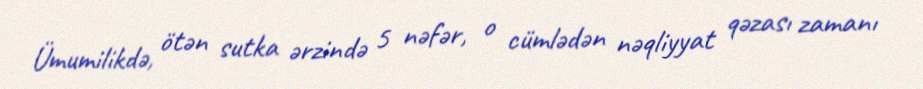
Ümumilikdə, ötən sutka ərzində 5 nəfər, o cümlədən nəqliyyat qəzası zamanı